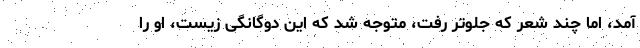
آمد، اما چند شعر که جلوتر رفت، متوجه شد که این دوگانگی زیست، او را